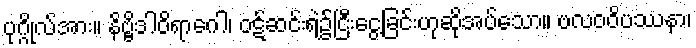
ပုဂ္ဂိုလ်အား။ နိဗ္ဗိဒါဝိရာဂေါ၊ ဝဋ်ဆင်းရဲ၌ငြီးငွေ့ခြင်းဟုဆိုအပ်သော။ ဗလဝဝိပဿနာ၊